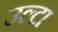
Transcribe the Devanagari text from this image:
उल्‍टा